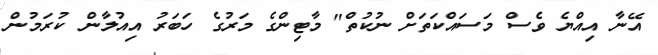
އޭނާ އިއްޔެ ވެސް މަސައްކަތަށް ނުކުތް" މާޓިންގެ މަރުގެ ހަބަރު އިއުލާން ކުރަމުން